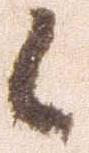
候